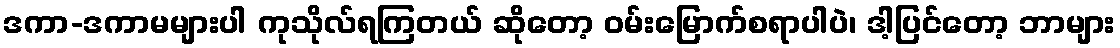
ဒကာ-ဒကာမများပါ ကုသိုလ်ရကြတယ် ဆိုတော့ ဝမ်းမြောက်စရာပါပဲ၊ ဒါ့ပြင်တော့ ဘာများ